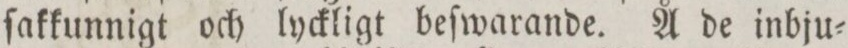
ſakkunnigt och lyckligt beſwarande. Å de inbju=